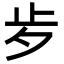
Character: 㱑